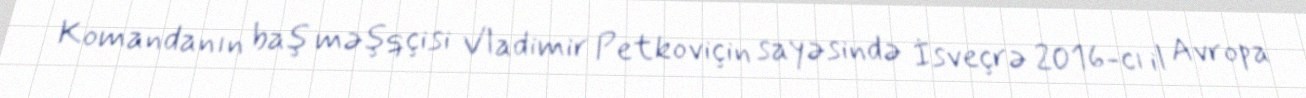
Komandanın baş məşqçisi Vladimir Petkoviçin sayəsində İsveçrə 2016-cı il Avropa